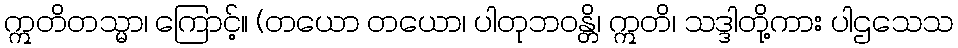
ဣတိတသ္မာ၊ ကြောင့်။ (တယော တယော၊ ပါတုဘဝန္တိ၊ ဣတိ၊ သဒ္ဒါတို့ကား ပါဌသေသ